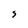
Character: s